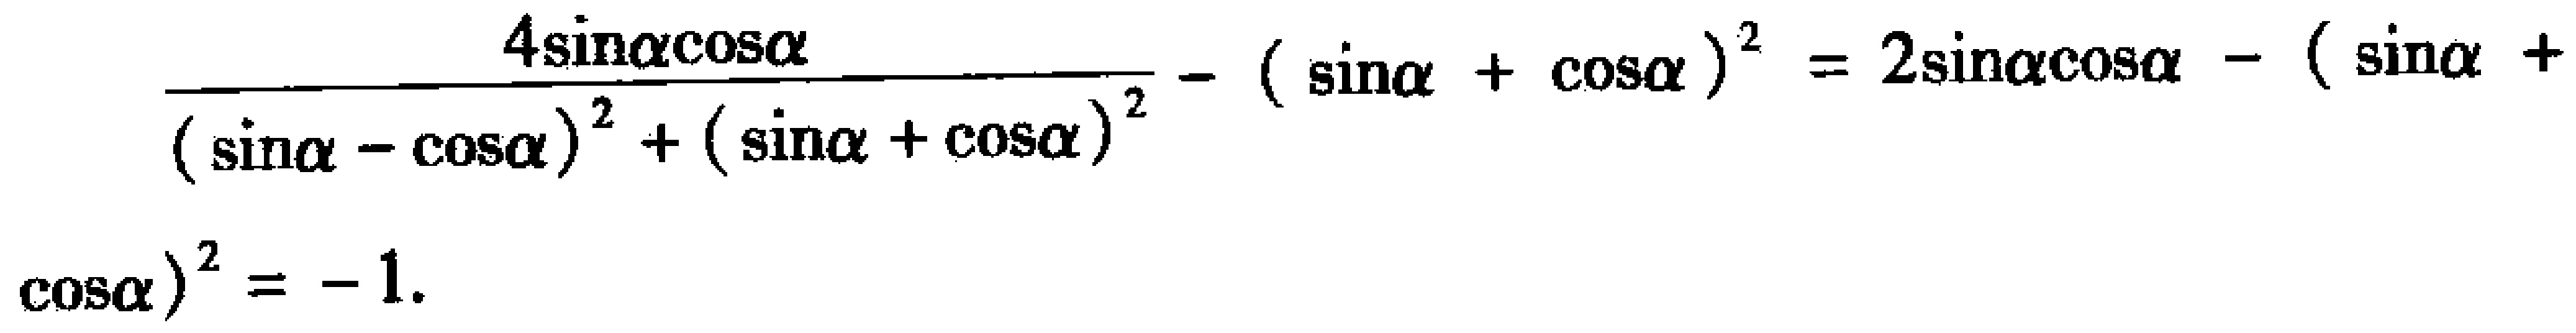
\(\frac{4\sin\alpha\cos\alpha}{(\sin\alpha - \cos\alpha)^2 + (\sin\alpha + \cos\alpha)^2} - (\sin\alpha + \cos\alpha)^2 = 2\sin\alpha\cos\alpha - (\sin\alpha + \cos\alpha)^2 = - 1.\)